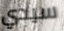
سيدي